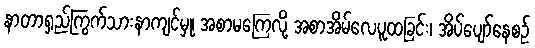
နာတာရှည်ကြွက်သားနာကျင်မှု၊ အစာမကြေလို့ အစာအိမ်လေပူထခြင်း၊ အိပ်ပျော်နေစဉ်